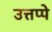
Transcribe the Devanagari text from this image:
उत्तप्पे